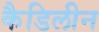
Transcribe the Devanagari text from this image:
कैडिलीन